Indian journal of veterinary science and animal husbandry - Volumes 18-21, 1948-1951
Year: 1948
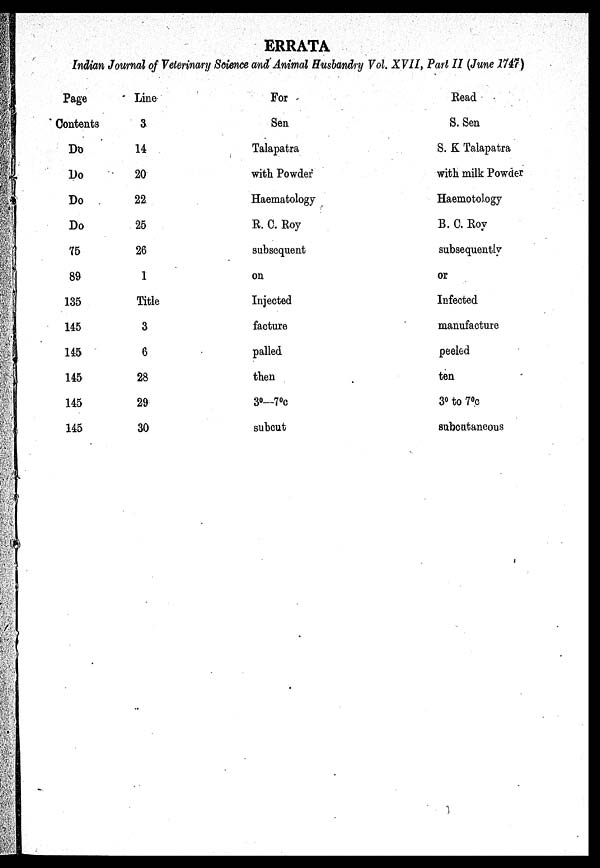
ERRATA
Indian Journal of Veterinary Science and Animal Husbandry Vol. XVII, Part II (June 1747)
Page
Contents
Do
Do
Do
Do
75
89
135
145
145
145
145
Line
3
14
20
22
25
26
1
Title
3
6
28
29
30
For
Sen
Talapatra
with Powder
Haematology
R. C. Roy
subsequent
on
Injected
facture
palled
then
3°—7°c
subcut
Read
S. Sen
S. K Talapatra
with milk Powder
Haemotology
B. C. Roy
subsequently
or
Infected
manufacture
peeled
ten
3° to 7°c
subcutaneous